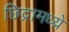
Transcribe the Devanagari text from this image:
छिद्रामध्य्रे